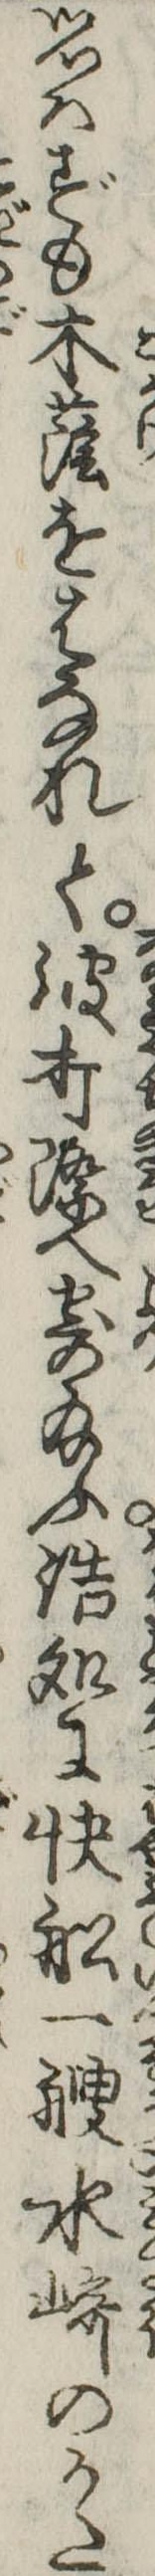
思はずも木蔭をはなれて波打際へ寄給ふ浩処に快船一艘水崎のかた